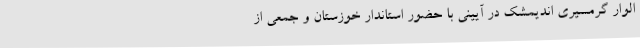
الوار گرمسیری اندیمشک در آیینی با حضور استاندار خوزستان و جمعی از